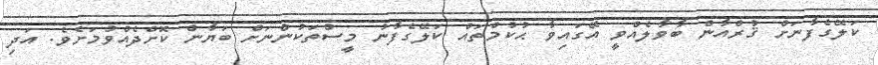
ކަލޭގެފާނަށް ޤުރްއާން ބާވާލެއްވީ އޭގައިވާ ޙުކުމްތައް ކަލޭގެފާނު މީސްތަކުންނަށް ބަޔާން ކޮށްދެއްވުމަށެވެ. އަދި